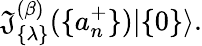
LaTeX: \mathfrak{J}_{\{ \lambda\} }^{(\beta)}(\{ a_{n}^{+}\} )|\{ 0\} \rangle.